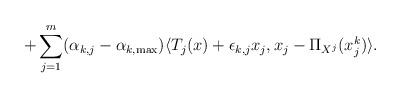
LaTeX: \begin{align*}+\sum_{j=1}^m(\alpha_{k,j}-\alpha_{k,\max})\langle T_j(x)+\epsilon_{k,j}x_j,x_j-\Pi_{X^j}(x^k_j)\rangle.\end{align*}